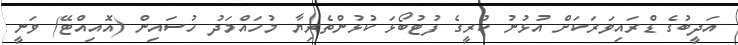
އަދީބުގެ ޑްރައިވަރަކަށް އުޅުނު ކުރީގެ ފުޓުބޯޅަ ކުޅުންތެރިޔާ މުހައްމަދު ހުސައިން (އޮއިއްޓޭ) ވަނީ